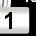
Digit: 1